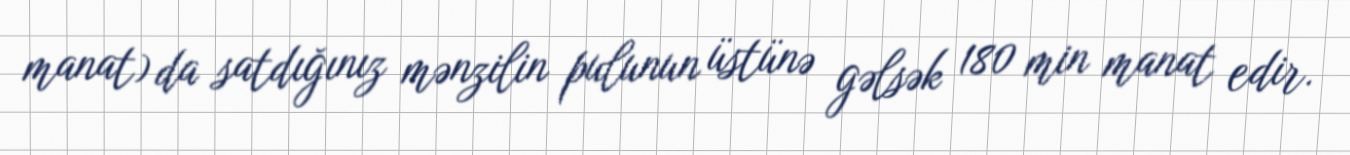
manat) da satdığınız mənzilin pulunun üstünə gəlsək 180 min manat edir.